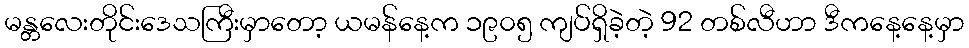
မန္တလေးတိုင်းဒေသကြီးမှာတော့ ယမန်နေ့က ၁၉၀၅ ကျပ်ရှိခဲ့တဲ့ 92 တစ်လီဟာ ဒီကနေ့နေ့မှာ